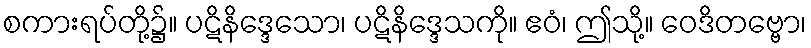
စကားရပ်တို့၌။ ပဋိနိဒ္ဒေသော၊ ပဋိနိဒ္ဒေသကို။ ဧဝံ၊ ဤသို့။ ဝေဒိတဗ္ဗော၊